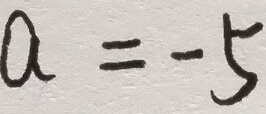
a = - 5